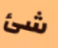
شئ